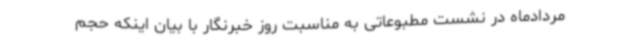
مردادماه در نشست مطبوعاتی به مناسبت روز خبرنگار با بیان اینکه حجم